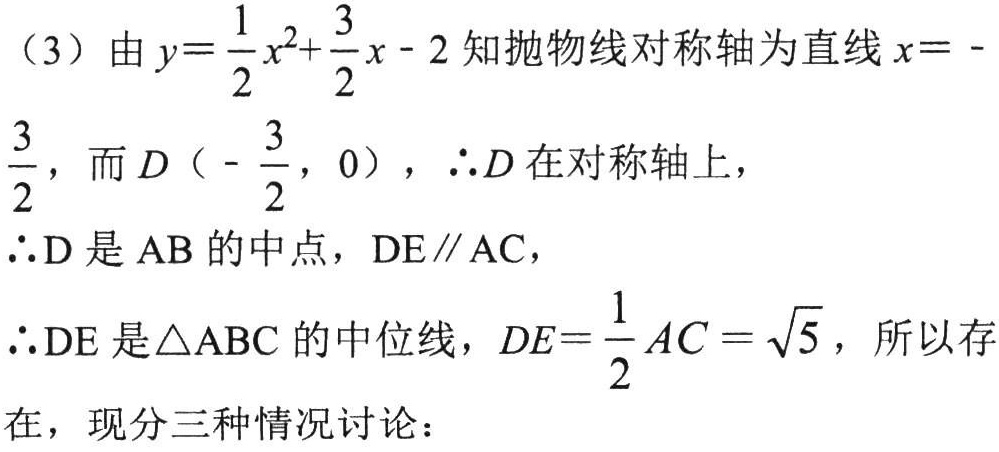
（3）由\(y = \frac{1}{2}x^{2}+\frac{3}{2}x - 2\)知抛物线对称轴为直线\(x = -\frac{3}{2}\)，而\(D(-\frac{3}{2},0)\)，\(\therefore D\)在对称轴上，
\(\therefore D\)是\(AB\)的中点，\(DE\parallel AC\)，
\(\therefore DE\)是\(\triangle ABC\)的中位线，\(DE=\frac{1}{2}AC = \sqrt{5}\)，所以存在，现分三种情况讨论：